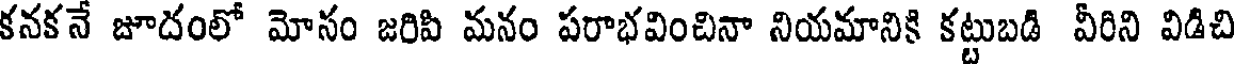
కనకనే జూదంలో మోసం జరిపి మనం పరాభవించినా నియమానికి కట్టుబడి వీరిని విడిచి